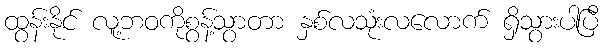
ထွန်းနိုင် လူ့ဘဝကိုစွန့်သွာတာ နှစ်လသုံးလလောက် ရှိသွားပါပြီ